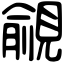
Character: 覦